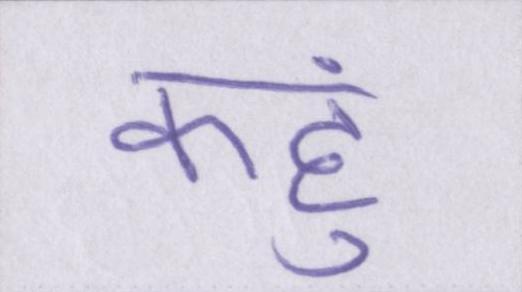
कहुं